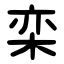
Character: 栾